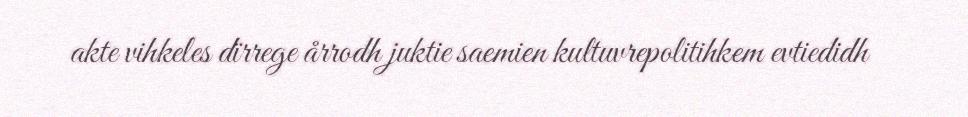
akte vihkeles dïrrege årrodh juktie saemien kultuvrepolitihkem evtiedidh